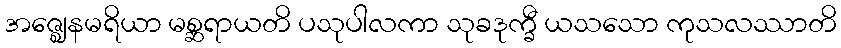
အဇ္ဈေနမရိယာ မစ္ဆရာယတိ ပသုပါလကာ သုခဒုက္ခီ ယသသော ကုသလဿာတိ